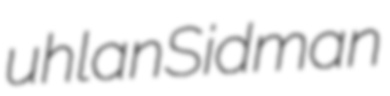
uhlan Sidman